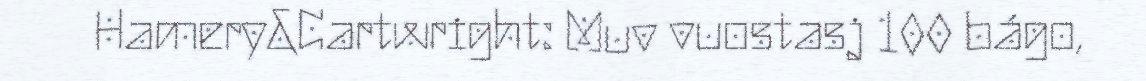
Hamery&Cartwright: Muv vuostasj 100 bágo,